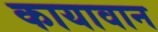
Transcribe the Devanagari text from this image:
कायावान